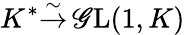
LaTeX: K^{*}{\overset{\sim}{\to}}\operatorname{\mathscr{G}L}(1,K)